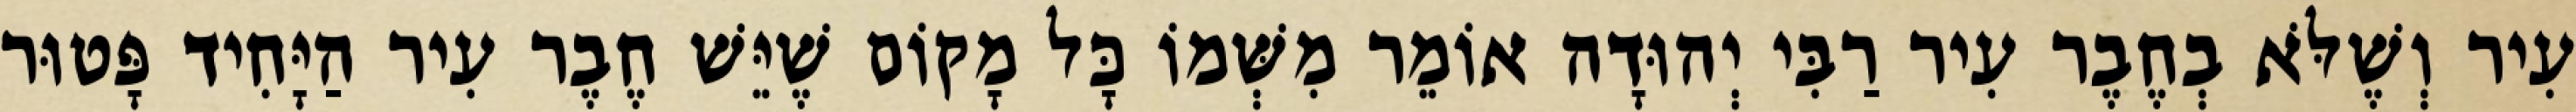
עִיר וְשֶׁלֹּא בְחֶבֶר עִיר רַבִּי יְהוּדָה אוֹמֵר מִשְּׁמוֹ כָּל מָקוֹם שֶׁיֵּשׁ חֶבֶר עִיר הַיָּחִיד פָּטוּר